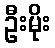
ဦးမိုး